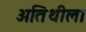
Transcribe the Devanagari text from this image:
अतिथीला